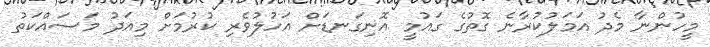
މީހުންނާ މެދު އަމަލުކުރާނެ ގޮތުގެ ގައުމީ އޮނިގަނޑަށް އަހުލުވެރި ކުރުމަށް މިއަދު މަސައްކަތު